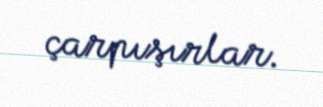
çarpışırlar.